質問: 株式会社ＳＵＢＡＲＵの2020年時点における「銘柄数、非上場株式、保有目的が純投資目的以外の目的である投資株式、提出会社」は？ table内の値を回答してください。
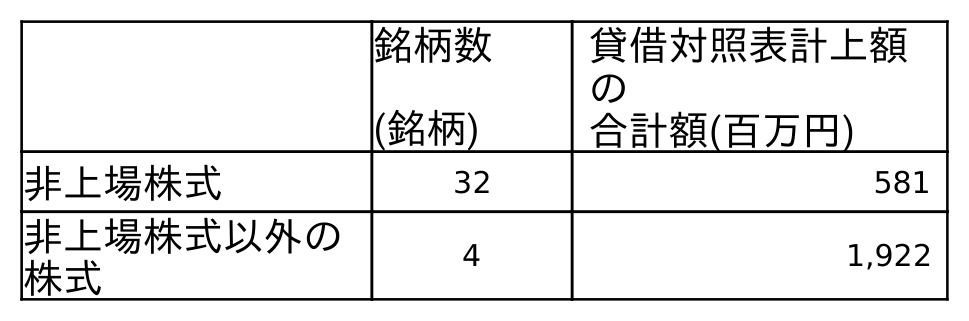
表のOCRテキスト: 銘柄数 (銘柄) 貸借対照表計上額 の 合計額(百万円) 非上場株式 32 581 非上場株式以外の 株式 4 1,922
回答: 32